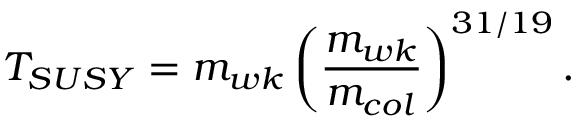
T _ { S U S Y } = m _ { w k } \left( \frac { m _ { w k } } { m _ { c o l } } \right) ^ { 3 1 / 1 9 } .